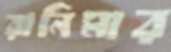
রানিমার